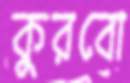
কুরবো